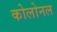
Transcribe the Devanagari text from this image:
कोलोनल